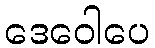
ဒေဝေါပေ